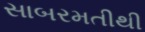
સાબરમતીથી